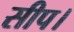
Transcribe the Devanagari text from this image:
सीप।